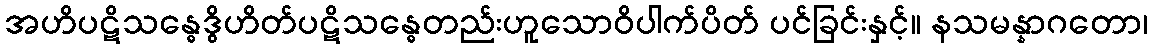
အဟိပဋိသန္ဓေဒွိဟိတ်ပဋိသန္ဓေတည်းဟူသောဝိပါက်ပိတ် ပင်ခြင်းနှင့်။ နသမန္နာဂတော၊